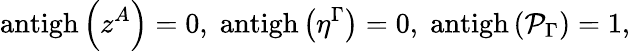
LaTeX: \mathrm{antigh}\left(z^{A}\right)=0,\; \mathrm{antigh}\left(\eta^{\Gamma}\right)=0,\; \mathrm{antigh}\left(\mathcal{P}_{\Gamma}\right)=1,